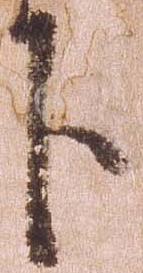
下